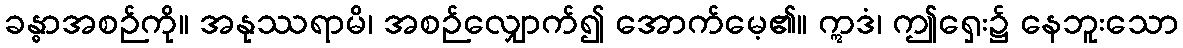
ခန္ဓာအစဉ်ကို။ အနုဿရာမိ၊ အစဉ်လျှောက်၍ အောက်မေ့၏။ ဣဒံ၊ ဤရှေး၌ နေဘူးသော